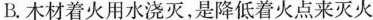
B.木材着火用水浇灭，是降低着火点来灭火